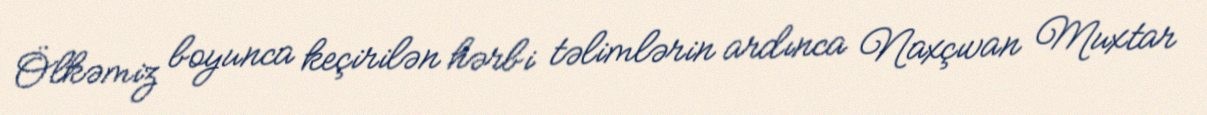
Ölkəmiz boyunca keçirilən hərbi təlimlərin ardınca Naxçıvan Muxtar